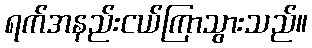
ရက်အနည်းငယ်ကြာသွားသည်။